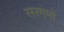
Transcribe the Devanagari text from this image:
सरगमों